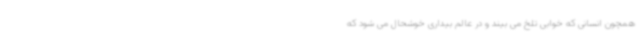
همچون انسانی که خوابی تلخ می بیند و در عالم بیداری خوشحال می شود که